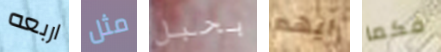
اربعه مثل بحبل ايهم فكما